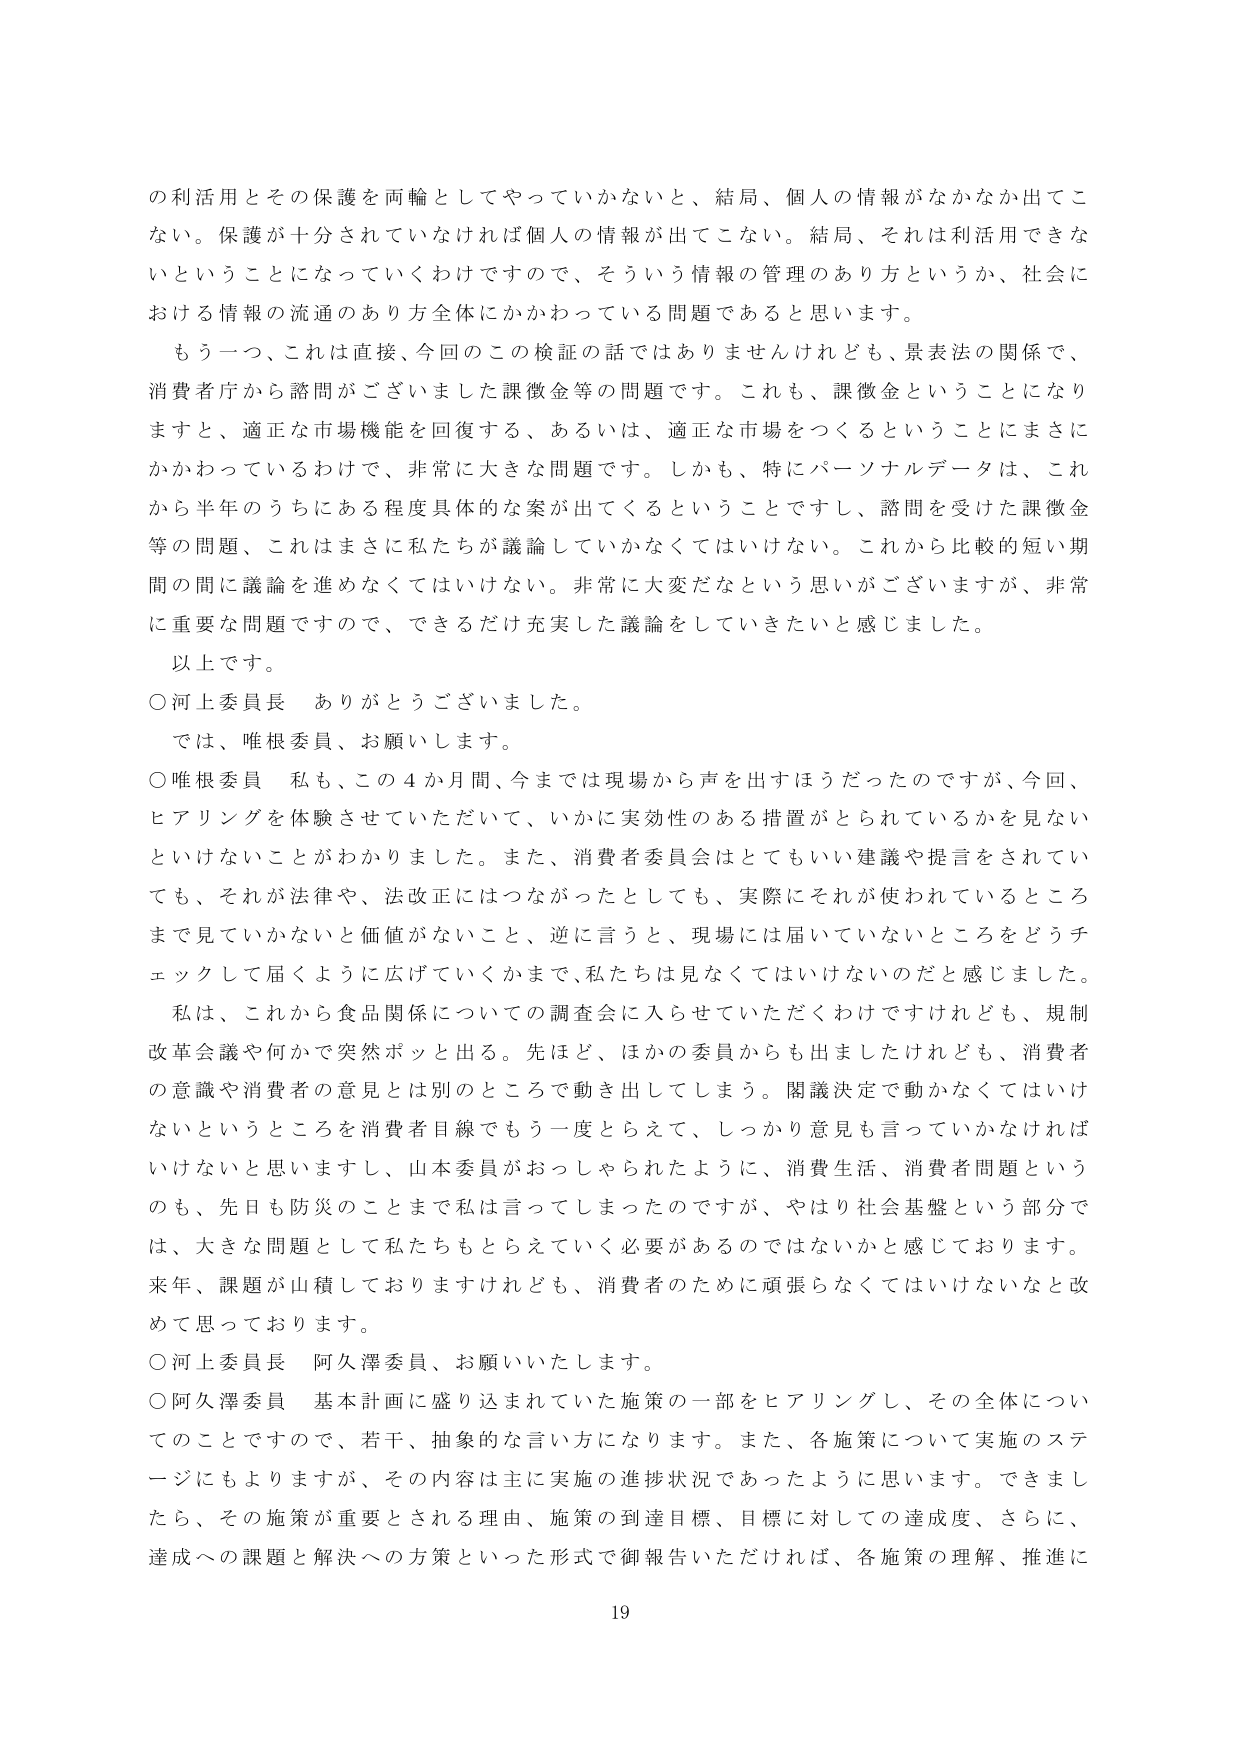
の利活用とその保護を両輪としてやっていかないと、結局、個人の情報がなかなか出てこない。保護が十分されていなければ個人の情報が出てこない。結局、それは利活用できないということになっていくわけですので、そういう情報の管理のあり方というか、社会における情報の流通のあり方全体にかかわっている問題であると思います。

もう一つ、これは直接、今回のこの検証の話ではありませんけれども、景表法の関係で、消費者庁から諮問がございました課徴金等の問題です。これも、課徴金ということになりますと、適正な市場機能を回復する、あるいは、適正な市場をつくるということにまさにかかわっているわけで、非常に大きな問題です。しかも、特にパーソナルデータは、これから半年のうちにある程度具体的な案が出てくるということですし、諮問を受けた課徴金等の問題、これはまさに私たちが議論していかなくてはいけない。これから比較的短い期間の間に議論を進めなくてはいけない。非常に大変だなという思いがございますが、非常に重要な問題ですので、できるだけ充実した議論をしていきたいと感じました。

以上です。

○河上委員長　ありがとうございました。

では、唯根委員、お願いします。

○唯根委員　私も、この４か月間、今までは現場から声を出すほうだったのですが、今回、ヒアリングを体験させていただいて、いかに実効性のある措置がとられているかを見ないといけないことがわかりました。また、消費者委員会はとてもいい建議や提言をされていても、それが法律や、法改正にはつながったとしても、実際にそれが使われているところまで見ていかないとい価値がないこと、逆に言うと、現場には届いていないところをどうチェックして届くように広げていくかまで、私たちは見なくてはいけないのだと感じました。

私は、これから食品関係についての調査会に入らせていただくわけですがけれども、規制改革会議や何かで突然ポッと出る。先ほど、ほかの委員からも出ましたけれども、消費者の意識や消費者の意見とは別のところで動き出してしまう。閣議決定で動かなくてはいけないというところを消費者目線でもう一度とらえて、しっかり意見も言っていかなければいけないと思いますし、山本委員がおっしゃられたように、消費生活、消費者問題というのも、先日も防災のことまで私は言ってしまったのですが、やはり社会基盤という部分では、大きな問題として私たちもとらえていく必要があるのではないかと感じております。来年、課題が山積しておりますけれども、消費者のために頑張らなくてはいけないなと改めて思っております。

○河上委員長　阿久澤委員、お願いいたします。

○阿久澤委員　基本計画に盛り込まれていた施策の一部をヒアリングし、その全体についてのことですので、若干、抽象的な言い方になります。また、各施策について実施のステージにもよりますが、その内容は主に実施の進捗状況であったように思います。できましたら、その施策が重要とされる理由、施策の到達目標、目標に対しての達成度、さらに、達成への課題と解決への方策といった形式で御報告いただければ、各施策の理解、推進に

19